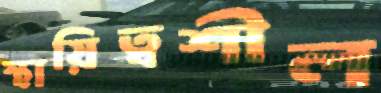
স্থায়িত্বশীল